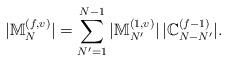
LaTeX: \begin{align*}|\mathbb{M}_N^{(f,v)}|=\sum_{N'=1}^{N-1}|\mathbb{M}_{N'}^{(1,v)}|\,|\mathbb{C}_{N-N'}^{(f-1)}|.\end{align*}